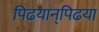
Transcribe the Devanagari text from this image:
पिढयान्‌पिढया